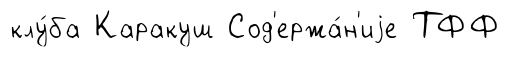
клу́ба Каракуш Сод'ержа́н'иjе ТФФ